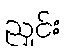
ညှင်း